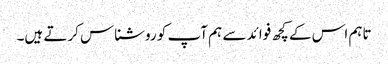
تاہم اس کے کچھ فوائد سے ہم آپ کو روشناس کرتے ہیں۔